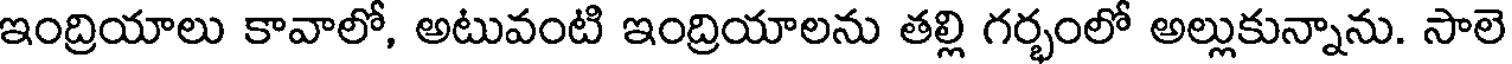
ఇంద్రియాలు కావాలో, అటువంటి ఇంద్రియాలను తల్లి గర్భంలో అల్లుకున్నాను. సాలె